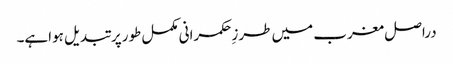
دراصل مغرب میں طرزِحکمرانی مکمل طورپر تبدیل ہواہے۔